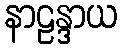
နာဠန္ဒာယ